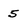
Character: 5